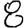
Digit: 8